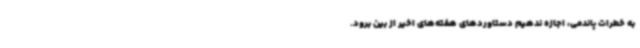
به خطرات پاندمی، اجازه ندهیم دستاوردهای هفته‌های اخیر از بین برود.